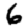
Digit: 6